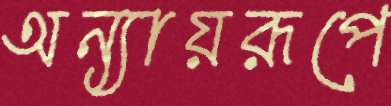
অন্যায়রূপে